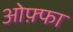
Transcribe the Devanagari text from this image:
ओफ़्फा